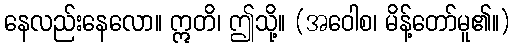
နေလည်းနေလော။ ဣတိ၊ ဤသို့။ (အဝေါစ၊ မိန့်တော်မူ၏။)